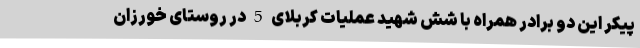
پیکر این دو برادر همراه با شش شهید عملیات کربلای 5 در روستای خورزان